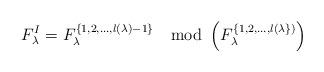
LaTeX: \begin{align*} F_{\lambda}^{I}=F_{\lambda}^{\{1,2,\ldots,l(\lambda)-1\}} \mod \left( F_{\lambda}^{\{1,2,\ldots,l(\lambda\})} \right)\end{align*}